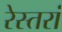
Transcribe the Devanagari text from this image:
रेस्‍तरां